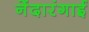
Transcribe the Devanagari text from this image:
नेंदारंगाई